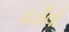
વડીલો